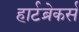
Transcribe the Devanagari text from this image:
हार्टब्रेकर्स